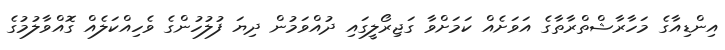
އިންޑިއާގެ މަހާރާޝްތްރާތާގެ އަވަށެއް ކަމަށްވާ ގަޖިރޯލީގައި ދުއްވަމުން ދިޔަ ފުލުހުންގެ ވެހިއްކަލެއް ގޮއްވާލުމުގެ